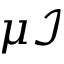
\mu \mathcal { I }